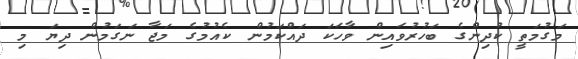
މަގުމަތީ ކުދިންގެ ބަހުރުވައިން ވާހަކަ ދައްކަމުން ކެއުމުގެ މަޖާ ނަގަމުން ދިޔަ މި